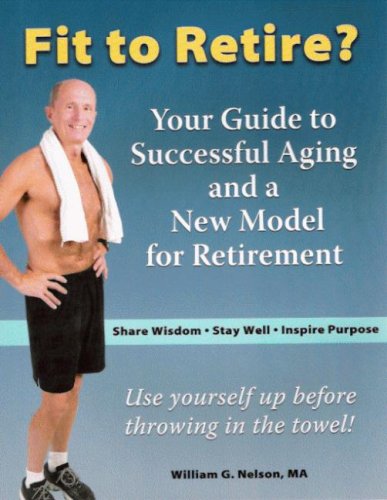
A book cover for Fit to Retire?: Your Guide to Successful Aging and a New Model for Retirement; William G. Nelson; Health, Fitness & Dieting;